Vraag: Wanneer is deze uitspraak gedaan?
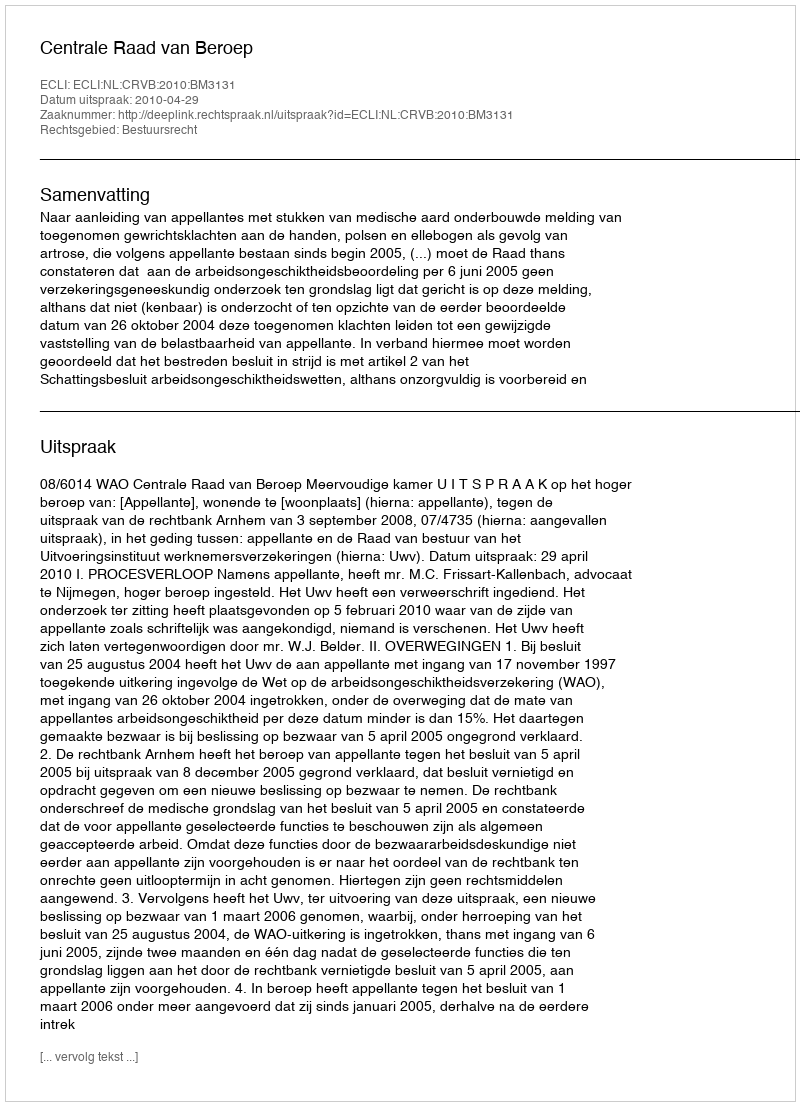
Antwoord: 2010-04-29